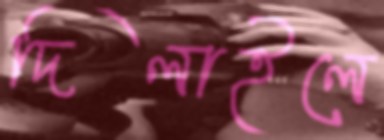
দিলাইলে